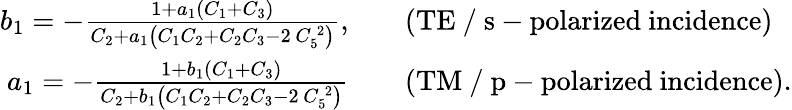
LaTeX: \begin{array}{rl}{b_{1}=-\frac{1+a_{1}\left(C_{1}+C_{3}\right)}{C_{2}+a_{1}\left(C_{1}C_{2}+C_{2}C_{3}-2\, C_{5}^{\, 2}\right)},\quad}&{\mathrm{(TE~/~s-polarized~incidence)}}\\ {a_{1}=-\frac{1+b_{1}\left(C_{1}+C_{3}\right)}{C_{2}+b_{1}\left(C_{1}C_{2}+C_{2}C_{3}-2\, C_{5}^{\, 2}\right)}\quad}&{\mathrm{(TM~/~p-polarized~incidence)}.}\end{array}